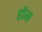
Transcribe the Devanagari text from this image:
होंम